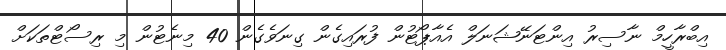
އިބްރާހީމް ނާސިރު އިންޓަނޭޝަނަލް އެއާޕޯޓުން ފުރައިގެން ގިނަވެެގެން 40 މިނެޓުން މި ރިސޯޓްތަކަށް